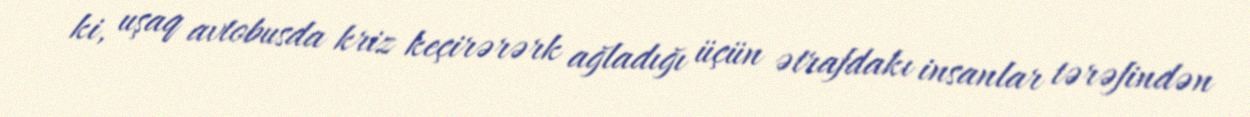
ki, uşaq avtobusda kriz keçirərərk ağladığı üçün ətrafdakı insanlar tərəfindən